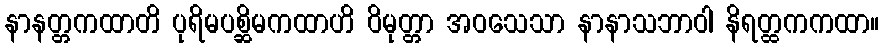
နာနတ္တကထာတိ ပုရိမပစ္ဆိမကထာဟိ ဝိမုတ္တာ အဝသေသာ နာနာသဘာဝါ နိရတ္ထကကထာ။